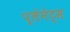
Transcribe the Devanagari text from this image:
प्लेनेट्स